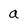
Character: a